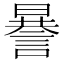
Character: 謈